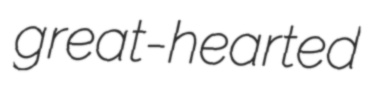
great-hearted